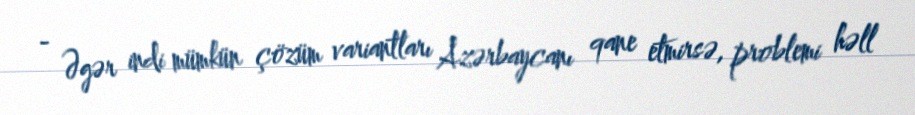
- Əgər indi mümkün çözüm variantları Azərbaycanı qane etmirsə, problemi həll